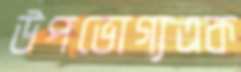
উপভোগ্যএক